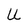
Character: U